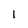
Character: 1